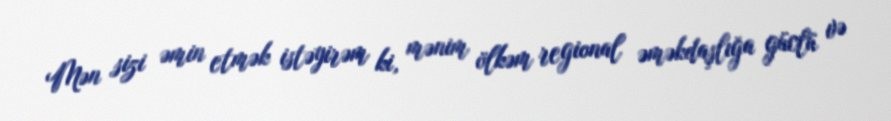
Mən sizi əmin etmək istəyirəm ki, mənim ölkəm regional əməkdaşlığa güclü və